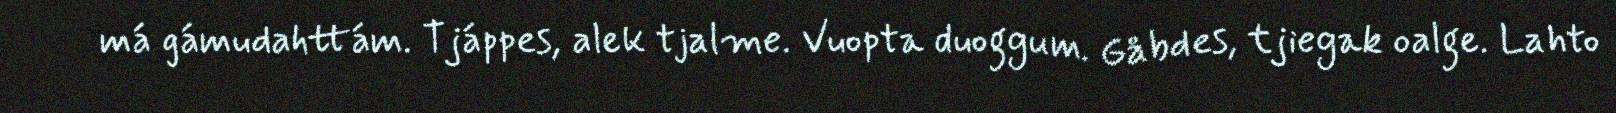
má gámudahttám. Tjáppes, alek tjalme. Vuopta duoggum. Gåbdes, tjiegak oalge. Lahto